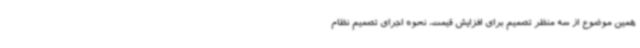
همین موضوع از سه منظر تصمیم برای افزایش قیمت، نحوه اجرای تصمیم نظام